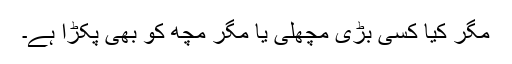
مگر کیا کسی بڑی مچھلی یا مگر مچھ کو بھی پکڑا ہے۔